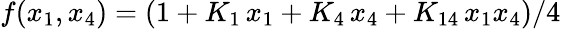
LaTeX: f(x_{1},x_{4})=(1+K_{1}\, x_{1}+K_{4}\, x_{4}+K_{14}\, x_{1}x_{4})/4